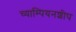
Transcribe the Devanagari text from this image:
च्याम्पियनशीप